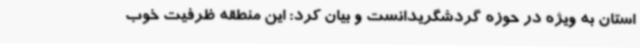
استان به ویژه در حوزه گردشگریدانست و بیان کرد: این منطقه ظرفیت خوب